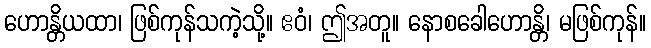
ဟောန္တိယထာ၊ ဖြစ်ကုန်သကဲ့သို့။ ဧဝံ၊ ဤအတူ။ နောစခေါဟောန္တိ၊ မဖြစ်ကုန်။